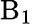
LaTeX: \mathrm{B_{1}}